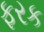
ફરક